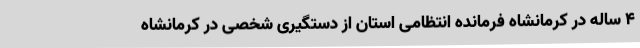
۴ ساله در کرمانشاه فرمانده انتظامی استان از دستگیری شخصی در کرمانشاه